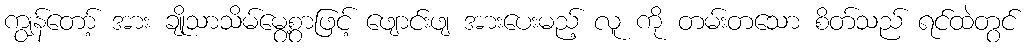
ကျွန်တော့် အား ချိုသာသိမ်မွေ့စွာဖြင့် ဖျောင်းဖျ အားပေးမည့် လူ ကို တမ်းတသော စိတ်သည် ရင်ထဲတွင်